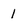
Character: 1